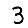
Digit: 3